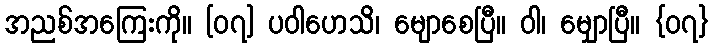
အညစ်အကြေးကို။ [၀၇] ပဝါဟေသိ၊ မျောစေပြီ။ ဝါ၊ မျှောပြီ။ {၀၇}